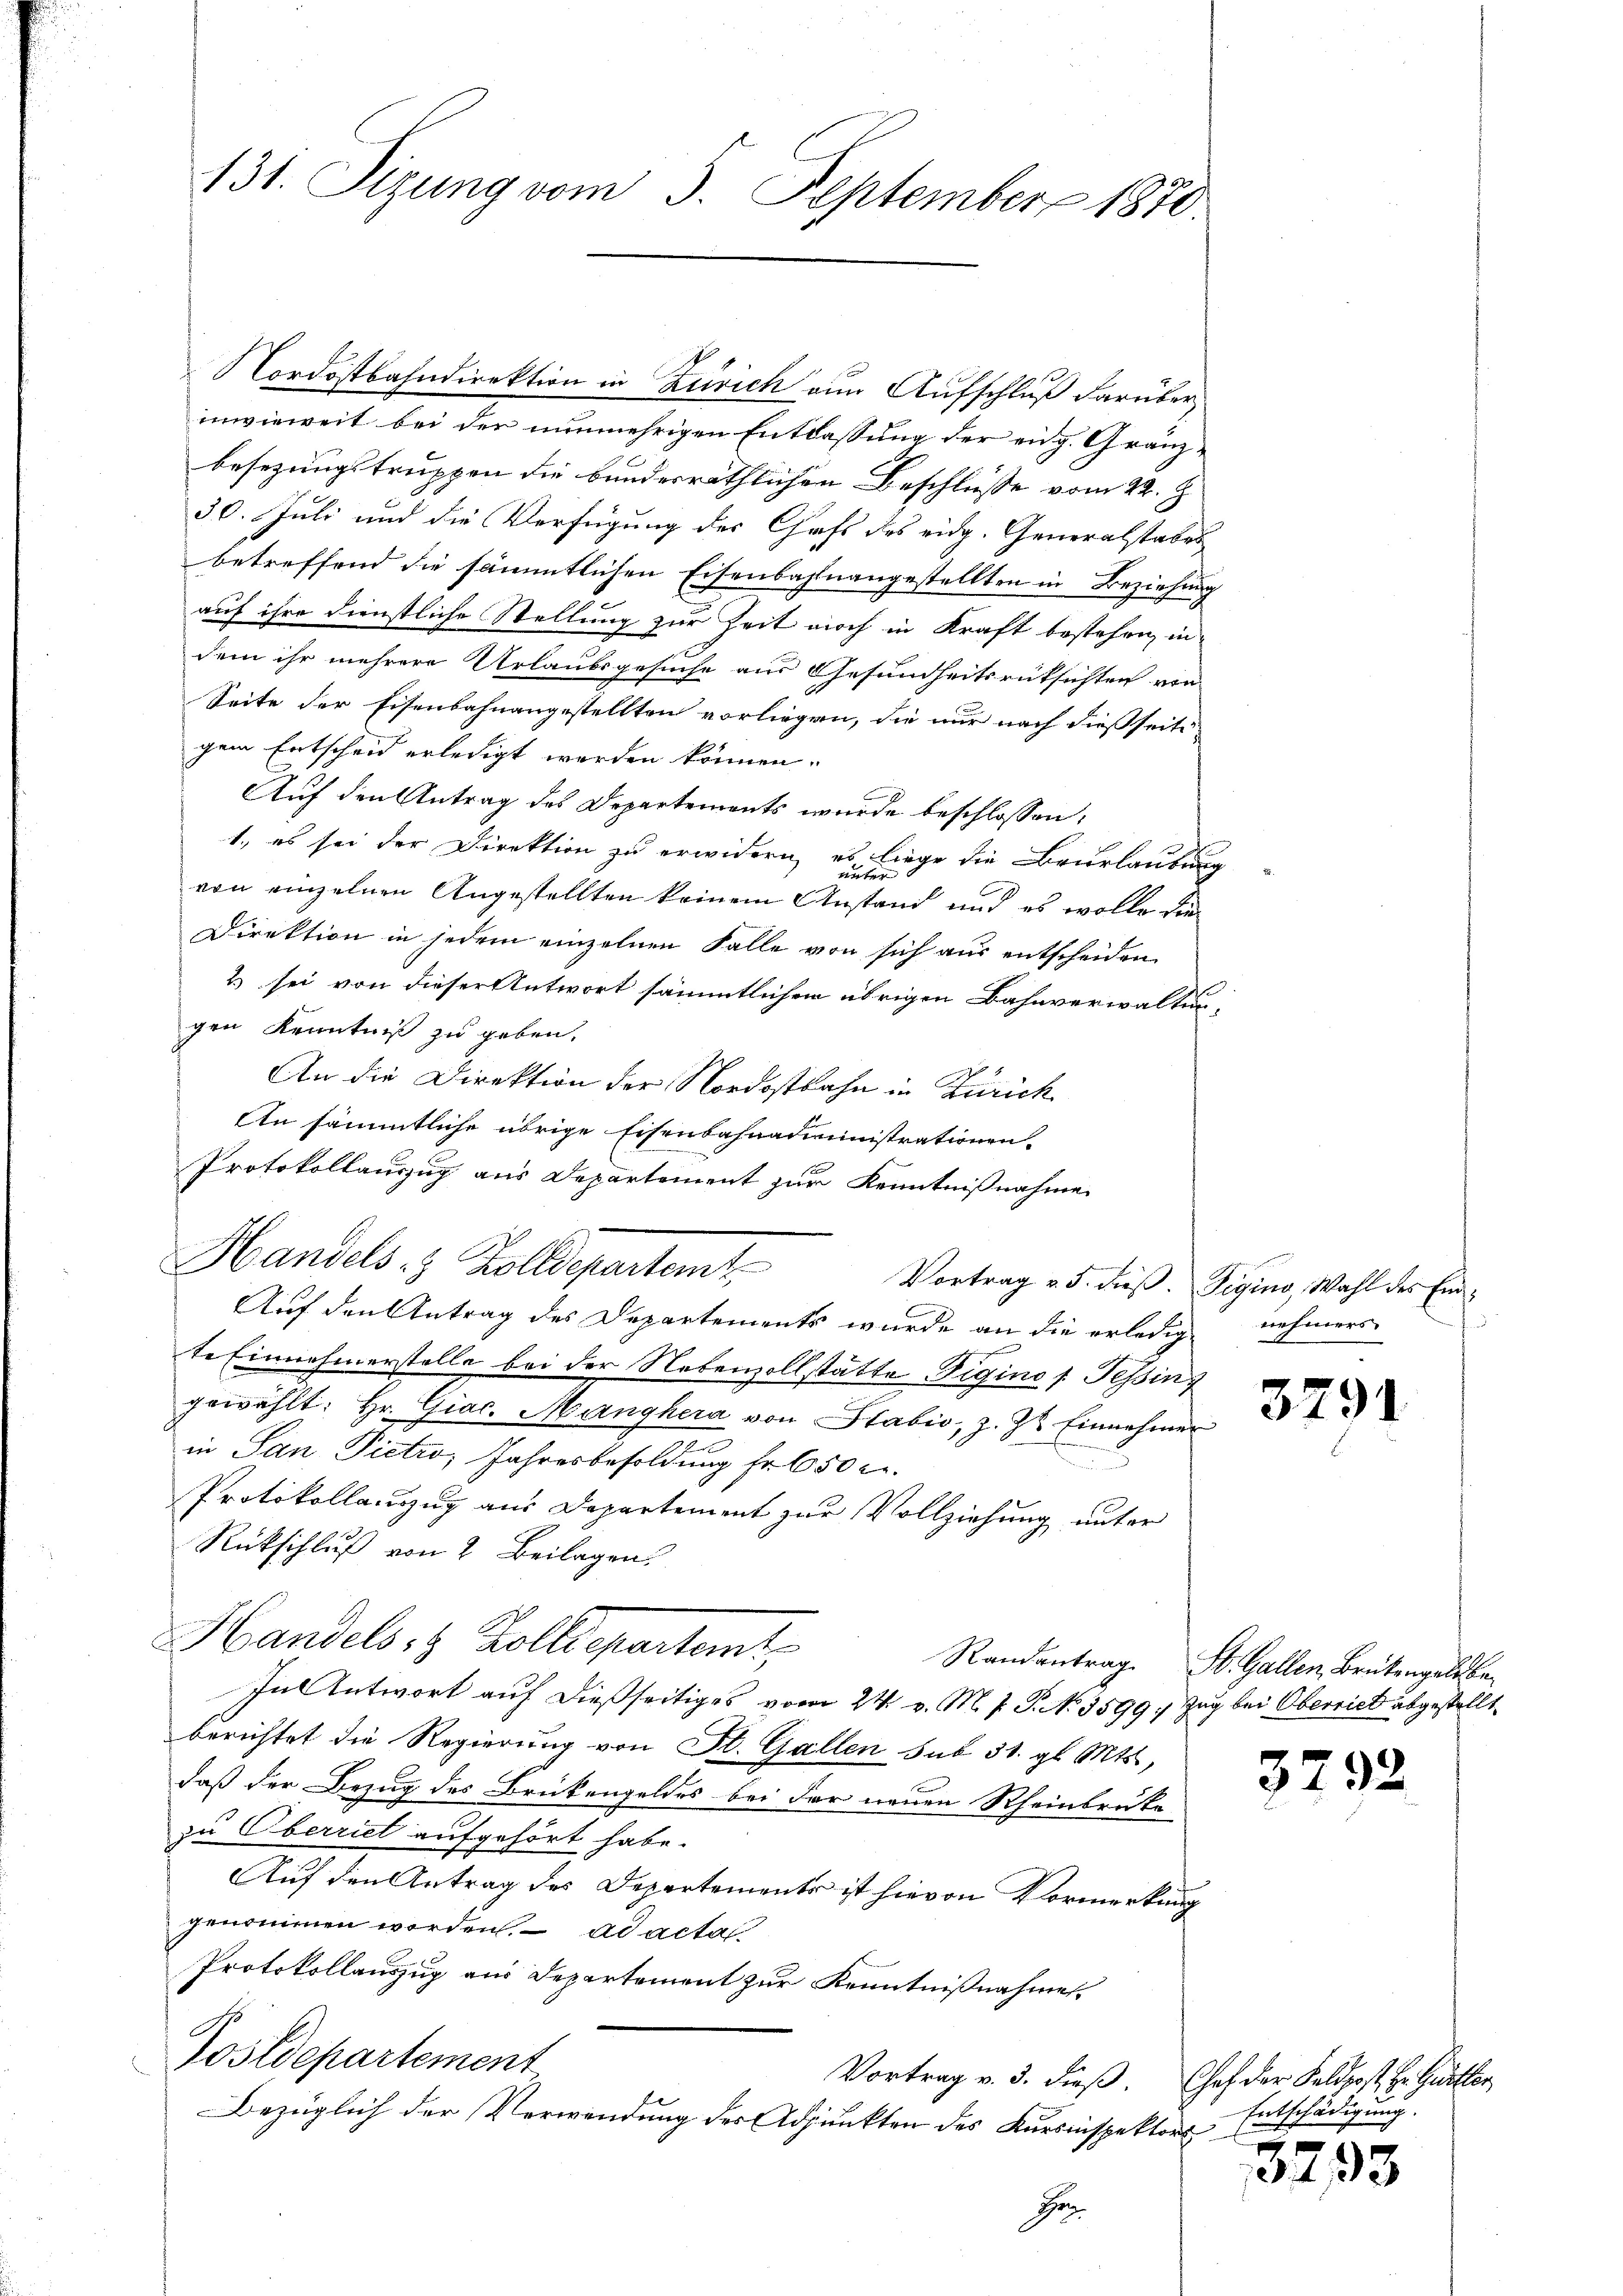
131. Sizung vom 5. September 1870.

Nordostbahndirektion in Zürich zur Aufschluß darüber
inwieweit bei der nunmehrigen Entlassung der eidg. Gränzbesezungstruppen die bundesräthlichen Beschlüsse vom 22. J
30. Juli und die Verfügung des Chaft des eidg. Generalstabes
betreffend die sämmtlichen Eisenbahnangestellten in Beziehung
auf ihre dienstliche Stellung zur Zeit noch in Kraft bestehen, indem ihr mehrere Urlaubsgesuche aus Gesundheitsrücksichten von
Seite der Eisenbahnangestellten vorliegen, die nur nach dießseitig
gem Entscheid erledigt worden können.
Auf den Antrag des Departements wurde beschlossen:
1., es sei der Direktion zu erwidern, es liege die Beurlaubung
unter
von einzelnen Angestellten keinem Anstand und es wolle die
Direktion in jedem einzelnen Falle von sich aus entscheiden
2 sei von dieser Antwort sämmtlichen übrigen Bahnverwaltun-
gen Kenntniß zu geben.
An die Direktion der Nordostbahn in Zürich
An sämmtliche übrige Eisenbahnadministrationen-
Protokollauszug aus Departement zur Kenntnißnahme
Handels 8 Zolldepartemt
Vortrag v. 5. dieß. Vigine, Wahl der Ein¬
Auf den Antrag des Departements wurde an die erledig nehmers
te Einnahmerstelle bei der Nebenzollstätte Sigines Tessin
gewählt: Hr. Giac. Manghera von Stabić, z. Zt. Einnehmer
in San Pietro, Jahresbesoldung fr. 650 c.
Protokollauszug aus Departement zur Vollziehung unter
Rückschluß von 2 Beilagen.
Handels, 8 Kolle
In Antwort auf dießseitiges vom 24. v. M. J. P. N. 3599, Zug bei Oberriet abgestellt
berichtet die Regierung von St. Gallen sub 31. gl. Mts.,
daß der Bezug des Brükengeldes bei der neuen Rheinbrüke
zu Oberriet aufgehört habe.
Auf den Antrag des Departements ist hievon Vormerkung
genommen worden. ad acta
Protokollauszug aus Departement zur Kenntnißnahme
Postdepartement
Vortrag v. 3. dieß. Chef der Feldpost, Hr. Guetter
Bezüglich der Verwendung der Adjunkten des Kursinspektors
Hon

3791

Randantrag. St. Gallen, Brükengaldbe

3792

Entschädigung.

3293